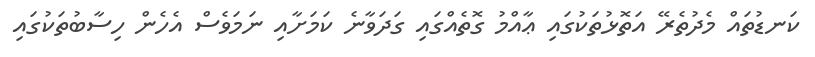
ކަނޑުތައް މެދުތެރޭ އަތޮޅުތަކުގައި ޢާއްމު ގޮތެއްގައި ގަދަވާނެ ކަމަށާއި ނަމަވެސް އެހެން ހިސާބުތަކުގައި